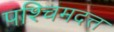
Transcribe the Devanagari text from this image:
पश्चिमदत्त